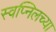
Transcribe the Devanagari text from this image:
स्वप्निलच्या